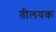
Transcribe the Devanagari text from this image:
तीलयक